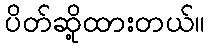
ပိတ်ဆို့ထားတယ်။